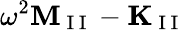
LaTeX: \omega^{2}\mathbf{M}_{\mathrm{~I~I~}}-\mathbf{K}_{\mathrm{~I~I~}}